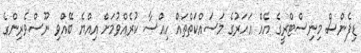
ޑިފެންސް މިނިސްޓްރީގެ އެއް އަހަރުގެ މަސައްކަތްތައް ހިއްސާ ކުރެއްވުމަށް އިއްޔެ ބޭއްވި ނޫސްވެރިންގެ